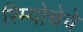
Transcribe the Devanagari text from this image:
रिम्पोचेचे